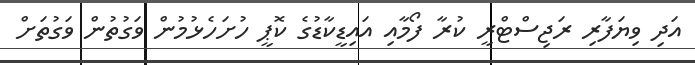
އަދި ވިޔަފާރި ރަޖިސްޓްރީ ކުރާ ފޯމާއި އައިޑީކާޑުގެ ކޮޕީ ހުށަހެޅުމުން ވަގުތުން ވަގުތަށް